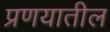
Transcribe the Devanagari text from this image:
प्रणयातील